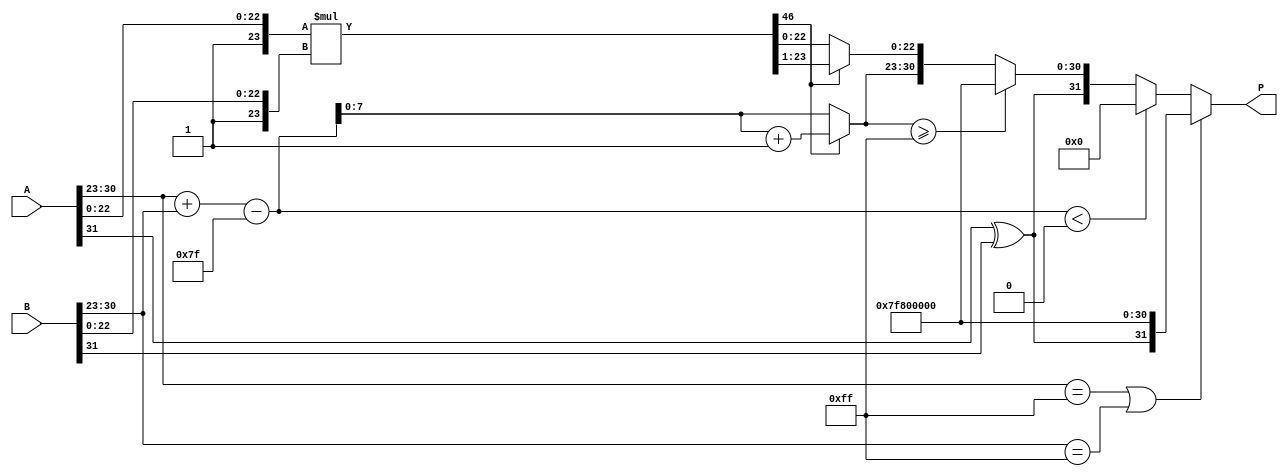
module floating_point_multiplier (
    input [31:0] A, // First floating-point number
    input [31:0] B, // Second floating-point number
    output reg [31:0] P // Product of A and B
);

    // Constants
    parameter BIAS = 8'd127;
    parameter EXPONENT_BITS = 8;
    parameter MANTISSA_BITS = 23;

    // Internal signals
    wire signA, signB;
    wire [EXPONENT_BITS-1:0] expA, expB;
    wire [MANTISSA_BITS-1:0] mantA, mantB;
    wire [MANTISSA_BITS+1:0] mantA_extended, mantB_extended;
    wire [MANTISSA_BITS+MANTISSA_BITS:0] mant_product;
    wire [EXPONENT_BITS+1:0] exp_result;
    reg sign_result;
    reg [EXPONENT_BITS-1:0] exp_result_final;
    reg [MANTISSA_BITS-1:0] mant_result_final;
    reg [MANTISSA_BITS+1:0] mant_product_normalized;
    reg [EXPONENT_BITS-1:0] exp_adjusted;

    // Extract components
    assign signA = A[31];
    assign signB = B[31];
    assign expA = A[30:23];
    assign expB = B[30:23];
    assign mantA = A[22:0];
    assign mantB = B[22:0];

    // Extend mantissas with implicit leading 1
    assign mantA_extended = {1'b1, mantA}; // 1.M1
    assign mantB_extended = {1'b1, mantB}; // 1.M2

    // Multiply mantissas
    assign mant_product = mantA_extended * mantB_extended;

    // Calculate the sign of the result
    always @(*) begin
        sign_result = signA ^ signB;
    end

    // Calculate the exponent
    always @(*) begin
        exp_result = expA + expB - BIAS;
    end

    // Normalize the product
    always @(*) begin
        if (mant_product[MANTISSA_BITS + MANTISSA_BITS]) begin // If product >= 2
            mant_product_normalized = mant_product >> 1; // Right shift
            exp_adjusted = exp_result + 1; // Increase exponent
        end else begin // If product < 2
            mant_product_normalized = mant_product; // No shift
            exp_adjusted = exp_result; // No change in exponent
        end
    end

    // Handle special cases
    always @(*) begin
        if (expA == 8'd255 || expB == 8'd255) begin // Check for NaN or Inf
            P = {sign_result, 8'd255, 23'b0}; // Return Inf
        end else if (exp_result < 8'd0) begin // Underflow
            P = 32'b0; // Return zero
        end else if (exp_adjusted >= 8'd255) begin // Overflow
            P = {sign_result, 8'd255, 23'b0}; // Return Inf
        end else begin
            exp_result_final = exp_adjusted;
            mant_result_final = mant_product_normalized[MANTISSA_BITS-1:0]; // Take the lower 23 bits
            P = {sign_result, exp_result_final, mant_result_final};
        end
    end

endmodule